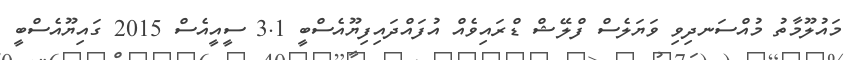
މައުލޫމާތު މުއްސަނދިވި ވަޔަލެސް ފްލޭޝް ޑްރައިވެއް އުފައްދައިފިޔޫއެސްބީ 3.1 ސީއީއެސް 2015 ގައިޔޫއެސްބީ